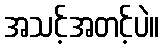
အသင့်အတင့်ပဲ။